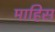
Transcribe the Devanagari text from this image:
माहिस